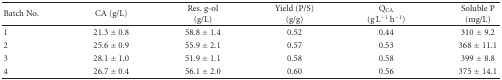
<table><thead><tr><td><b> Batch No.</b></td><td><b>CA (g/L)</b></td><td><b>Res. g-ol (g/L)</b></td><td><b>Yield (P/S) (g/g)</b></td><td><b>Q<sub>CA</sub> (g L<sup>−1</sup> h<sup>−1</sup>)</b></td><td><b>Soluble P (mg/L)</b></td></tr></thead><tbody><tr><td>1</td><td>21.3 ± 0.8</td><td>58.8 ± 1.4</td><td>0.52</td><td>0.44</td><td>310 ± 9.2</td></tr><tr><td>2</td><td>25.6 ± 0.9</td><td>55.9 ± 2.1</td><td>0.57</td><td>0.53</td><td>368 ± 11.1</td></tr><tr><td>3</td><td>28.1 ± 1.0</td><td>51.9 ± 1.1</td><td>0.58</td><td>0.58</td><td>399 ± 8.8</td></tr><tr><td>4</td><td>26.7 ± 0.4</td><td>56.1 ± 2.0</td><td>0.60</td><td>0.56</td><td>375 ± 14.1</td></tr></tbody></table>